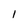
Character: I